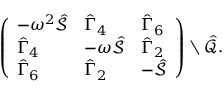
\begin{array} { r } { \left( \begin{array} { l l l } { - \omega ^ { 2 } \hat { \mathcal { S } } } & { \hat { \Gamma } _ { 4 } } & { \hat { \Gamma } _ { 6 } } \\ { \hat { \Gamma } _ { 4 } } & { - \omega \hat { \mathcal { S } } } & { \hat { \Gamma } _ { 2 } } \\ { \hat { \Gamma } _ { 6 } } & { \hat { \Gamma } _ { 2 } } & { - \hat { \mathcal { S } } } \end{array} \right) \setminus \hat { \mathcal { Q } } . } \end{array}